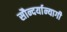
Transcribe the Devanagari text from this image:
सौन्दर्यान्यागी